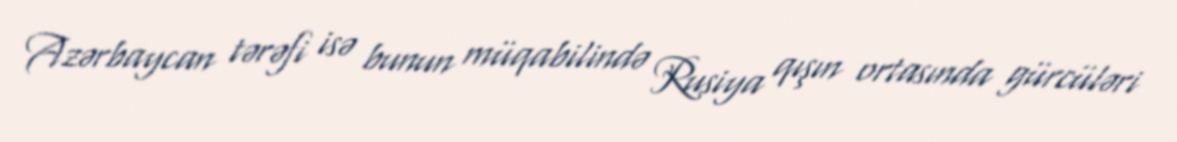
Azərbaycan tərəfi isə bunun müqabilində Rusiya qışın ortasında gürcüləri